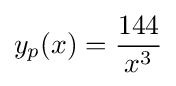
y_{p}(x)={\frac {144}{x^{3}}}